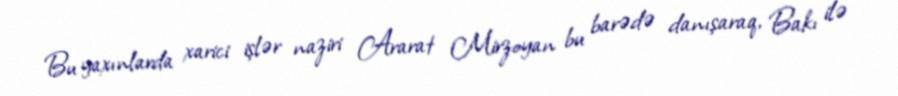
Bu yaxınlarda xarici işlər naziri Ararat Mirzoyan bu barədə danışaraq, Bakı ilə